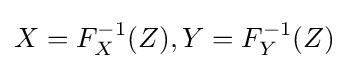
X=F_{X}^{-1}(Z),Y=F_{Y}^{-1}(Z)